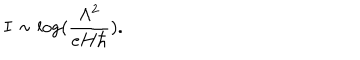
I \sim \log ( { \frac { \Lambda ^ { 2 } } { e H \hbar } } ) .